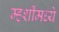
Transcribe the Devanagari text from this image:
म्हशींमध्ये